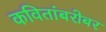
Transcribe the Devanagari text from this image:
कवितांबरोबर